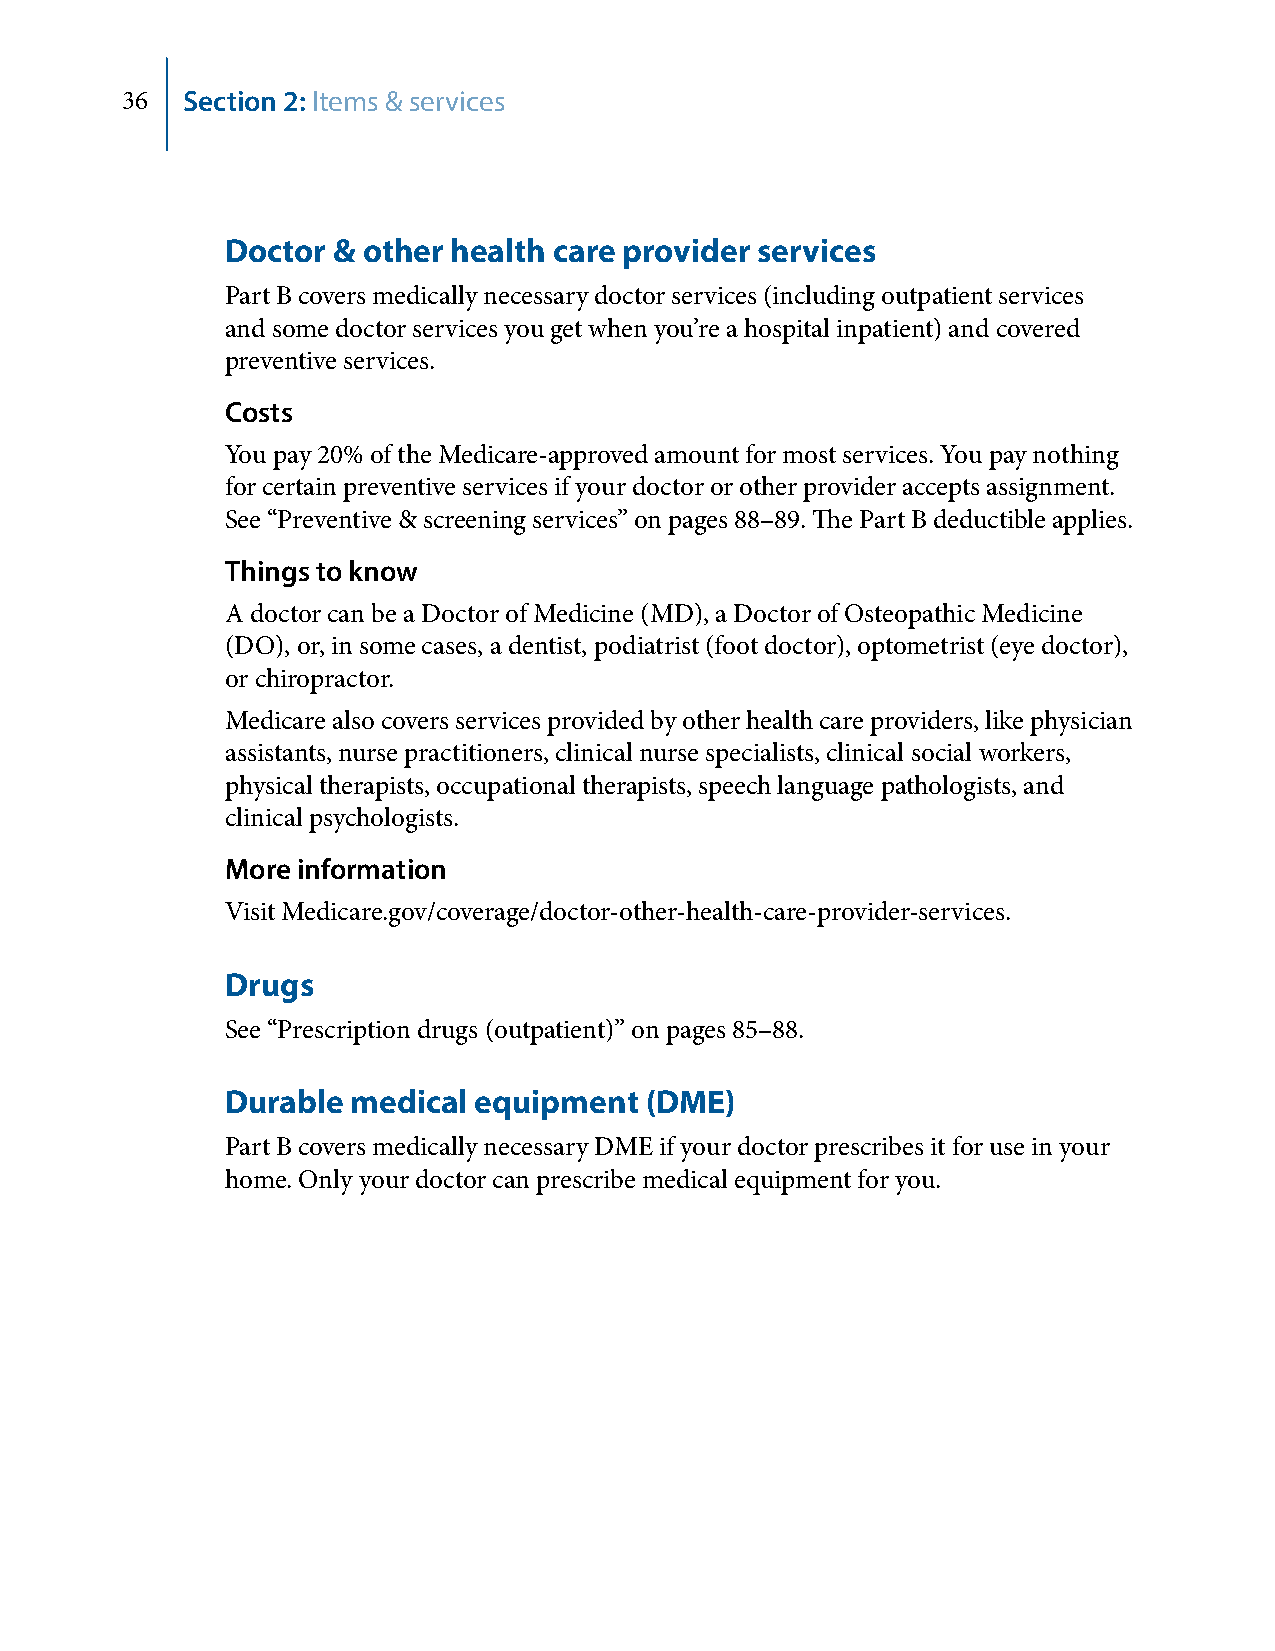
36  Section 2: Items & services
 Doctor & other health care provider services
 Part B covers medically necessary doctor services (including outpatient services
 and some doctor services you get when you’re a hospital inpatient) and covered
 preventive services.
 Costs
 You pay 20% of the Medicare-approved amount for most services. You pay nothing
 for certain preventive services if your doctor or other provider accepts assignment.
 See “Preventive & screening services” on pages 88–89. The Part B deductible applies.
 Things to know
 A doctor can be a Doctor of Medicine (MD), a Doctor of Osteopathic Medicine
 (DO), or, in some cases, a dentist, podiatrist (foot doctor), optometrist (eye doctor),
 or chiropractor.
 Medicare also covers services provided by other health care providers, like physician
 assistants, nurse practitioners, clinical nurse specialists, clinical social workers,
 physical therapists, occupational therapists, speech language pathologists, and
 clinical psychologists.
 More information
 Visit Medicare.gov/coverage/doctor-other-health-care-provider-services.
 Drugs
 See “Prescription drugs (outpatient)” on pages 85–88.
 Durable medical equipment   (DME)
 Part B covers medically necessary DME if your doctor prescribes it for use in your
 home. Only your doctor can prescribe medical equipment for you.